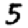
Digit: 5